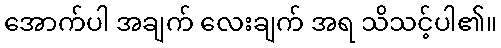
အောက်ပါ အချက် လေးချက် အရ သိသင့်ပါ၏။